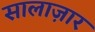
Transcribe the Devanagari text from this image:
सालाज़ार